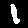
Label: 1